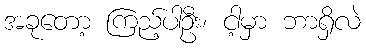
အခုတော့ ကြည့်ပါဦး၊ ငါ့မှာ ဘာရှိလဲ